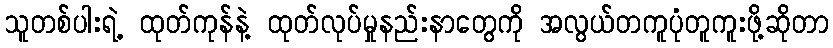
သူတစ်ပါးရဲ့ ထုတ်ကုန်နဲ့ ထုတ်လုပ်မှုနည်းနာတွေကို အလွယ်တကူပုံတူကူးဖို့ဆိုတာ